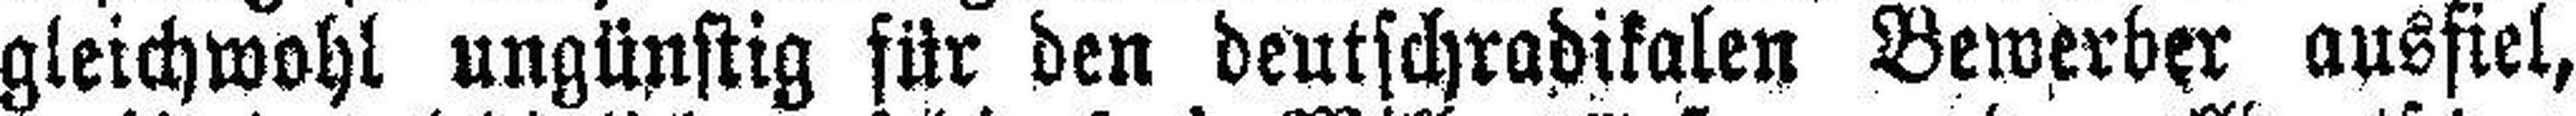
gleichwohl ungünstig für den deutschradikalen Bewerber ausfiel,